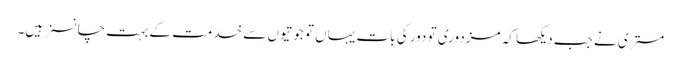
مستری نے جب دیکھا کہ مزدوری تو دور کی بات یہاں تو جوتیوں سے خدمت کے بہت چانسز ہیں۔